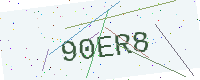
Text: 90ER8